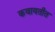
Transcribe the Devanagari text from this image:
कवायतीत